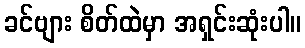
ခင်ဗျား စိတ်ထဲမှာ အရှင်းဆုံးပါ။